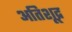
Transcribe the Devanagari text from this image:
अतिशूद्र